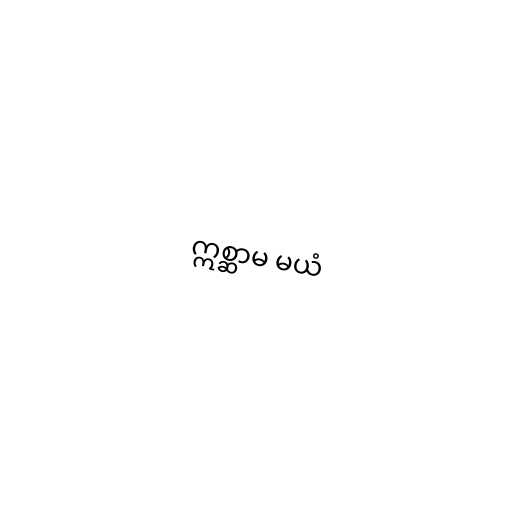
ဣစ္ဆာမ မယံ